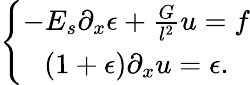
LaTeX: \left\lbrace\begin{array}{c}{-E_{s}\partial_{x}\epsilon+\frac{G}{l^{2}}u=f}\\ {(1+\epsilon)\partial_{x}u=\epsilon.}\end{array}\right.